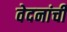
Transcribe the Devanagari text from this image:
वेदनांची